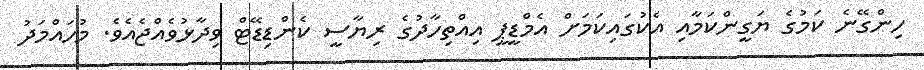
ހިންގޭނެ ކަމުގެ ޔަގީންކަމާއި އެކުގައިކަމަށް އެމްޑީޕީ އިއްތިހާދުގެ ރިޔާސީ ކެންޑިޑޭޓް ވިދާޅުވެއްޖެއެވެ. މުހައްމަދު